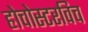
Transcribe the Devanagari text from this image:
होचोस्टरविच